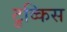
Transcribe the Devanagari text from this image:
टुव्किस